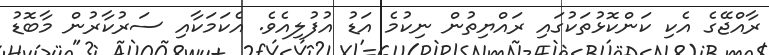
ރާއްޖޭގެ އެކި ކަންކޮޅުތަކުގައި ރައްޔިތުން ނިކުމެ އަޑު އުފުލިއެވެ. އެކަމަކާއި ސަރުކާރުން މާބޮޑު